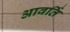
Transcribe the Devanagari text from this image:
आवर्ति